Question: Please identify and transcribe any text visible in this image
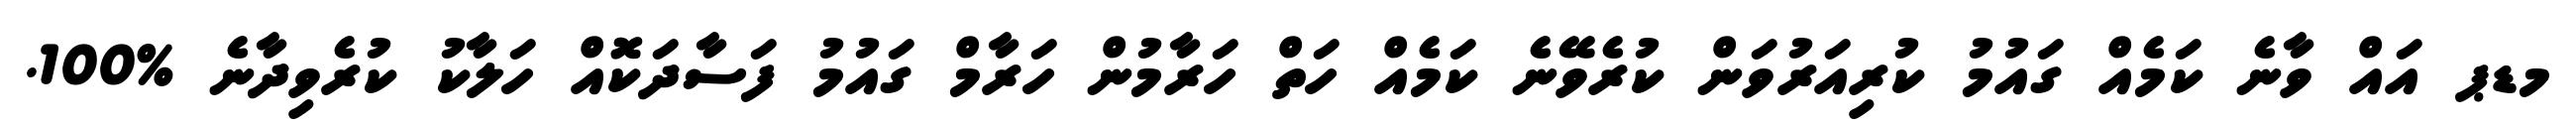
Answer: މޑޕ އައް ވާނެ ކަމެއް ގައުމު ކުރިއަރުވަން ކުރެވޭނެ ކަމެއް ހަތް ހަރާމުން ހަރާމް ގައުމު ފަސާދަކޮއް ހަލާކު ކުރެވިދާނެ %100.